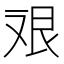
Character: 𱽇